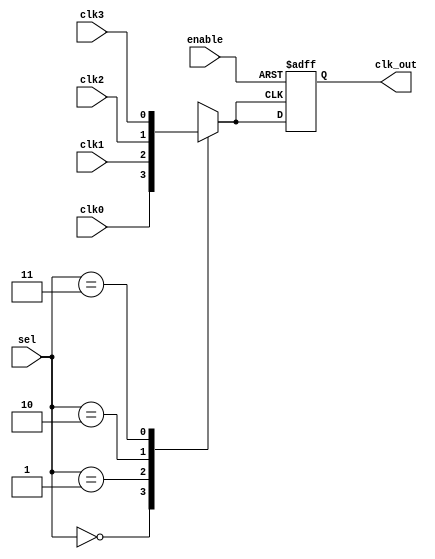
module clk_mux_buffer (
    input wire clk0,        // Clock input 0
    input wire clk1,        // Clock input 1
    input wire clk2,        // Clock input 2
    input wire clk3,        // Clock input 3 (extendable for more clocks)
    input wire [1:0] sel,   // 2-bit selection input for 4 clock sources
    input wire enable,      // Enable signal
    output reg clk_out      // Clock output
);

// Internal signal to hold the selected clock
reg selected_clk;

// Multiplexer logic to select the clock based on 'sel'
always @(*) begin
    case (sel)
        2'b00: selected_clk = clk0;
        2'b01: selected_clk = clk1;
        2'b10: selected_clk = clk2;
        2'b11: selected_clk = clk3;
        default: selected_clk = 1'b0; // Default case (safety)
    endcase
end

// Buffering stage and enable control
always @(posedge selected_clk or negedge enable) begin
    if (!enable) begin
        clk_out <= 1'bz; // High-impedance state when not enabled
    end else begin
        clk_out <= selected_clk; // Drive the output with the selected clock
    end
end

endmodule